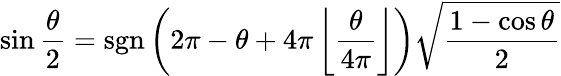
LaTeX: \sin{\frac{\theta}{2}}=\operatorname{sgn}\left(2\pi-\theta+4\pi\left\lfloor{\frac{\theta}{4\pi}}\right\rfloor\right){\sqrt{\frac{1-\cos\theta}{2}}}